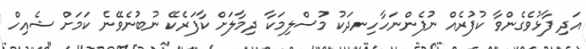
އަދި ފާޅުވެގެންވާ ކުފުރެއް ނުފެންނަހާހިނދަކު މުސްލިމަކާ ދިމާލަށް ކާފަރެކޭ ނުބުނެވޭނެ ކަމަށް ޝެއިހް